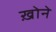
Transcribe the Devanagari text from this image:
ख़ोने